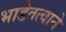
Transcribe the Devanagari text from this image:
भाडेतत्वाने